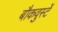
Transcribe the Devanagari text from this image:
बौकवुर्स्टे